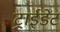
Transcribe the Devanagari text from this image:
ट्राईडेंट